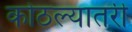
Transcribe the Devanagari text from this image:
कोठल्यातरी